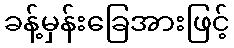
ခန့်မှန်းခြေအားဖြင့်